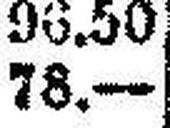
78.—